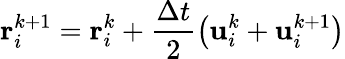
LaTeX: \mathbf{r}_{i}^{k+1}=\mathbf{r}_{i}^{k}+\frac{\Delta t}{2}\left(\mathbf{u}_{i}^{k}+\mathbf{u}_{i}^{k+1}\right)